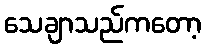
သေချာသည်ကတော့